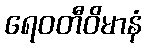
ရေဝတီဝိမာနံ